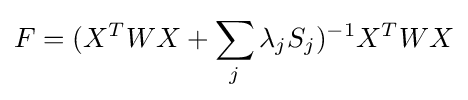
F=(X^{T}WX+\sum _{j}\lambda _{j}S_{j})^{-1}X^{T}WX